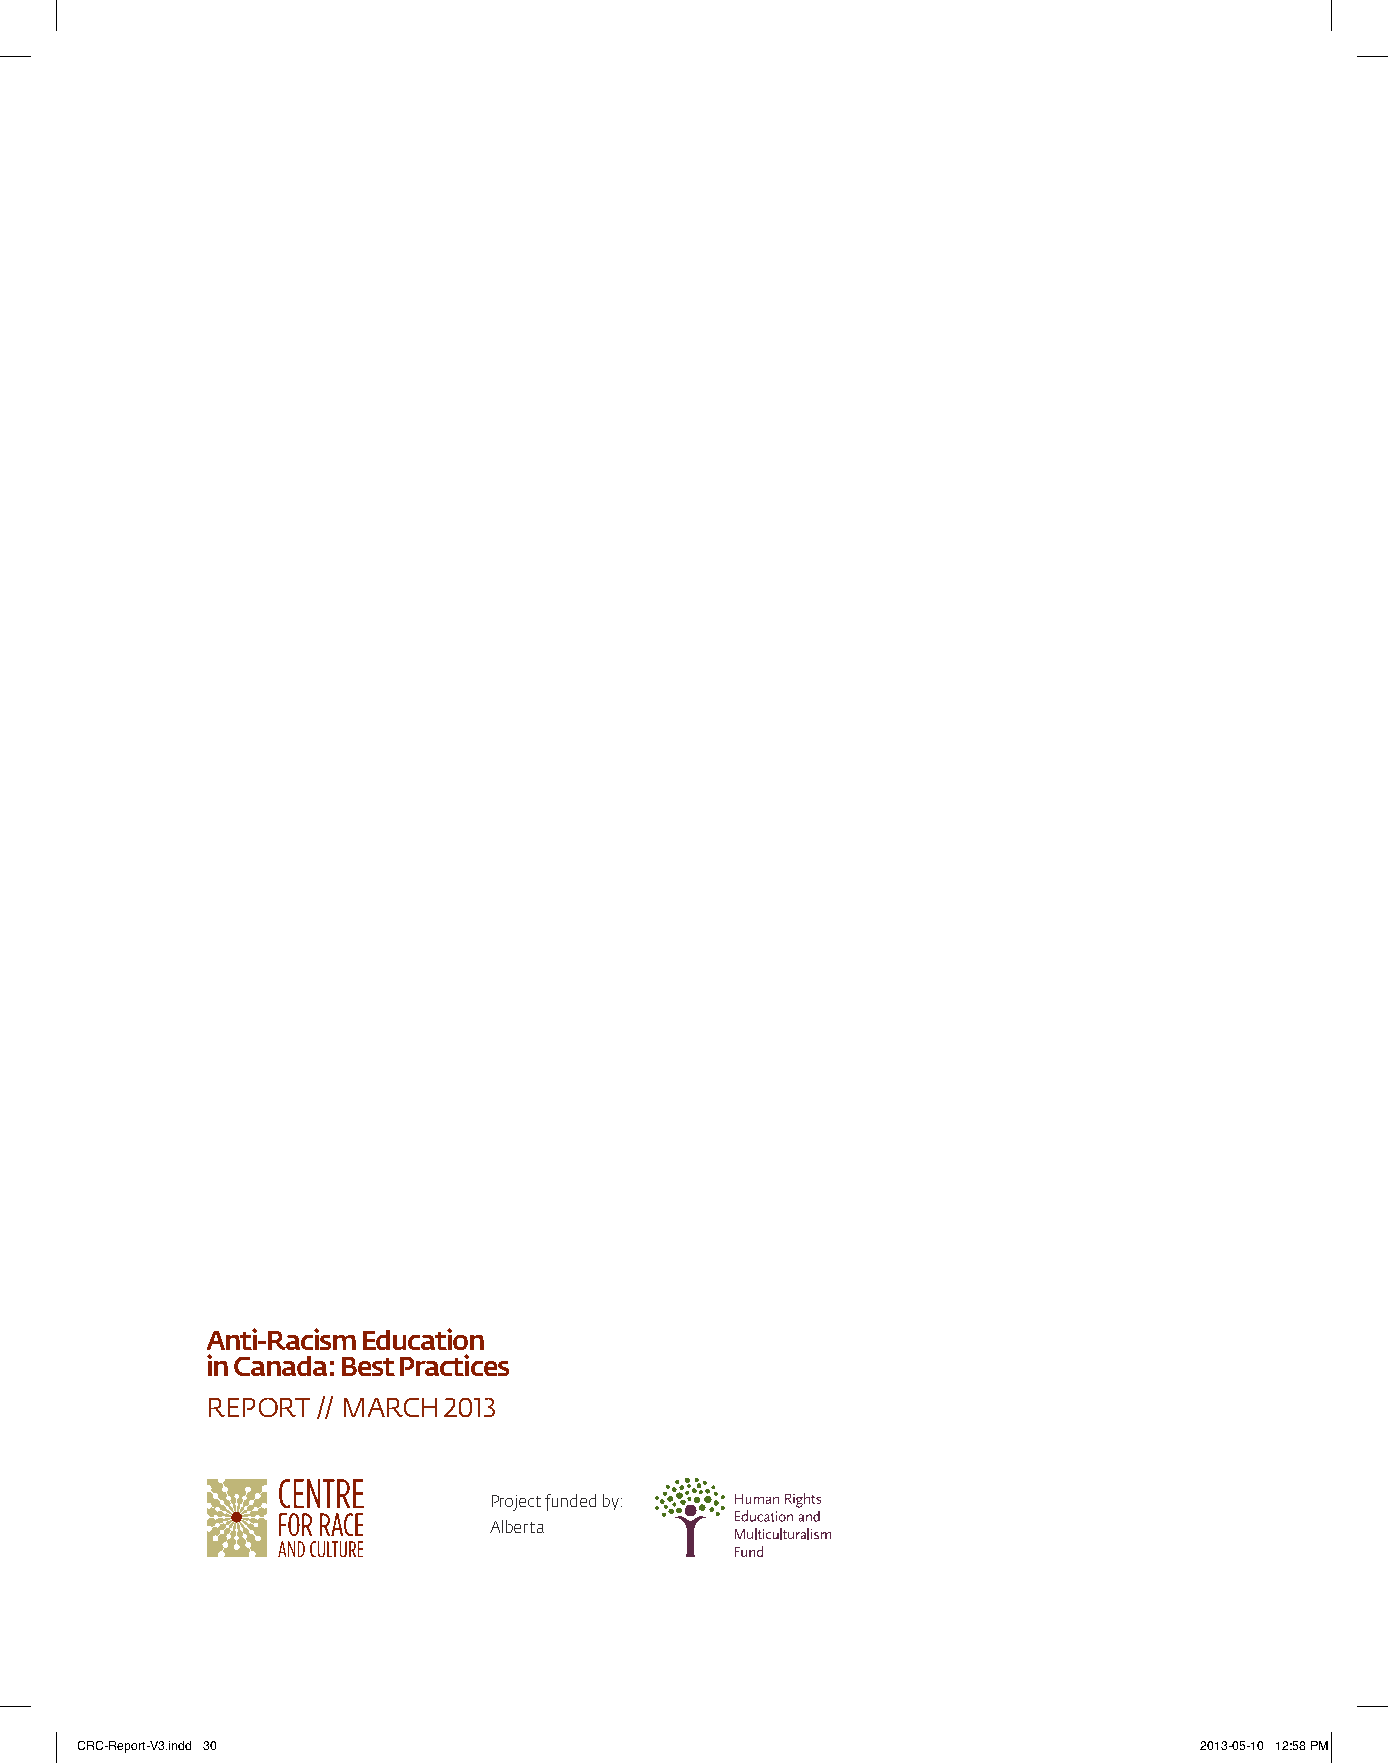
Anti-Racism Education
 in Canada: Best Practices
 RepoRt // maRch 2013
 Project funded by:
 Alberta
 CRC-Report-V3.indd 30                                                     2013-05-10 12:58 PM